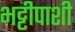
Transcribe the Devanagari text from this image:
भट्टीपाशी